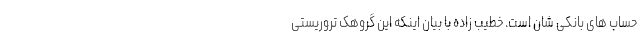
حساب های بانکی شان است. خطیب زاده با بیان اینکه این گروهک تروریستی